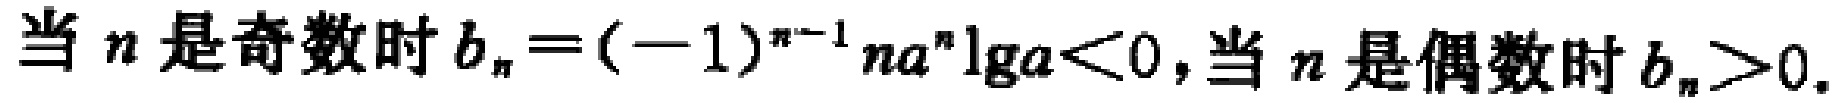
当 \(n\) 是奇数时 \(b_{n}=(-1)^{n - 1}na^{n}\lg a<0\)，当 \(n\) 是偶数时 \(b_{n}>0\)。